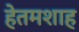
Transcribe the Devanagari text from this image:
हेतमशाह